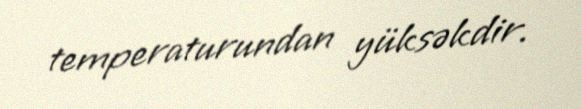
temperaturundan yüksəkdir.